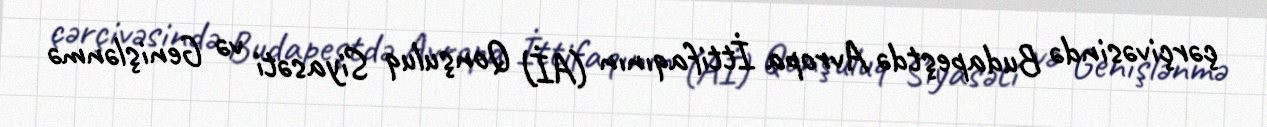
çərçivəsində Budapeştdə Avropa İttifaqının (Aİ) Qonşuluq Siyasəti və Genişlənmə